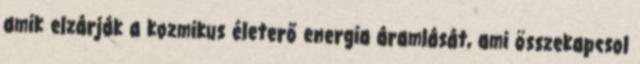
amik elzárják a kozmikus életerő energia áramlását, ami összekapcsol